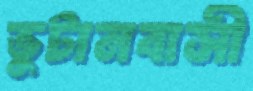
ভুটানবাসী